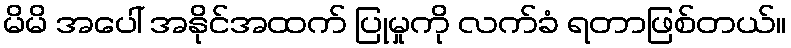
မိမိ အပေါ် အနိုင်အထက် ပြုမှုကို လက်ခံ ရတာဖြစ်တယ်။